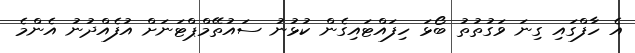
އެ ހާފްގައި ގިނަ ވަގުތުތު ބޯޅަ ހިފައްޓައިގެން ކުޅުނު ސައުތޭމްޕްޓަނަށް އުފެއްދުނު އެންމެ